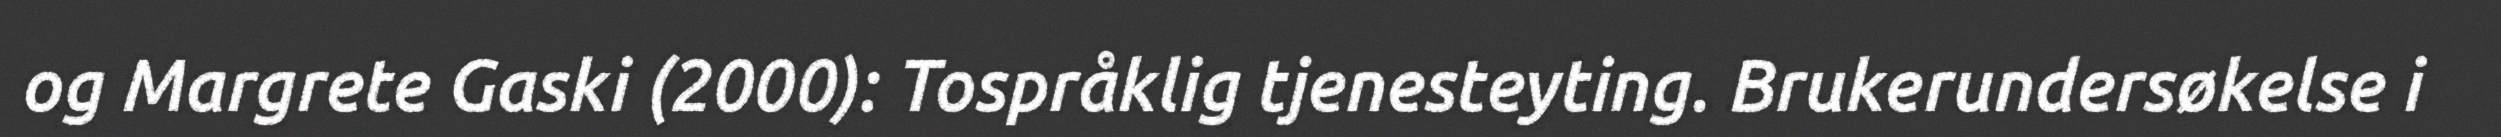
og Margrete Gaski (2000): Tospråklig tjenesteyting. Brukerundersøkelse i